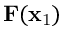
\mathbf { F } ( \mathbf { x } _ { \mathrm { 1 } } )